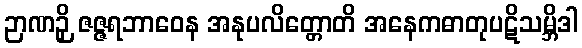
ဉာဏဉှိ ဇဇ္ဇရဘာဝေန အနုပလိတ္တောတိ အနေကဓာတုပဋိသမ္ဘိဒါ